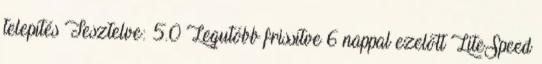
telepítés Tesztelve: 5.0 Legutóbb frissítve 6 nappal ezelőtt LiteSpeed